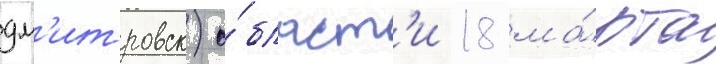
дм'итровск) о́бласт'и 18 ма́рта